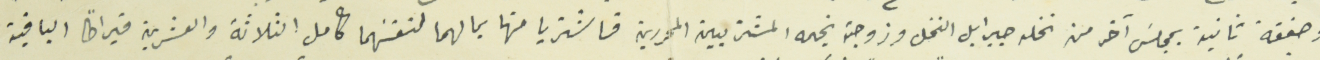
وصفقة ثانية بمجلسَ آخر من نخله جبرايل النخل وزوجته نجمه المشتريين المحررين فاشتريا منها بمالهما لنفسَهما كامل الثلاثة والعشرين قيراطاً الباقية